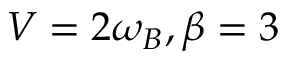
V = 2 \omega _ { B } , \beta = 3